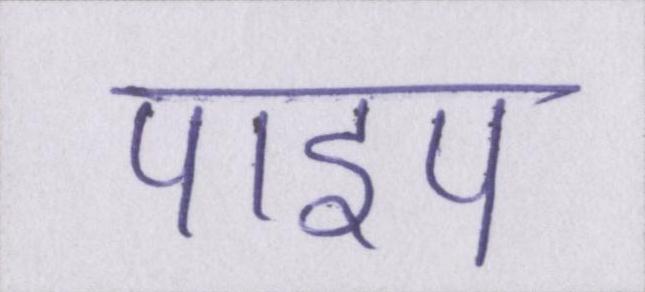
पाइप